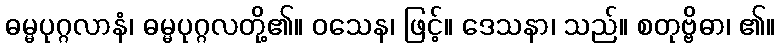
ဓမ္မပုဂ္ဂလာနံ၊ ဓမ္မပုဂ္ဂလတို့၏။ ဝသေန၊ ဖြင့်။ ဒေသနာ၊ သည်။ စတုဗ္ဗိဓာ၊ ၏။